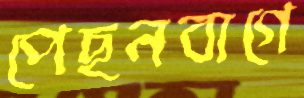
পেছনবাগে